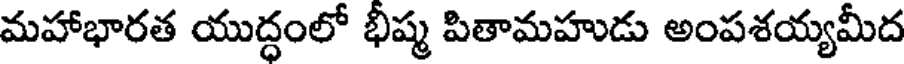
మహాభారత యుద్ధంలో భీష్మ పితామహుడు అంపశయ్యమీద